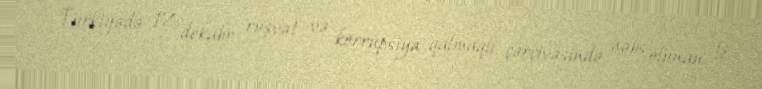
Türkiyədə 17 dekabr rüşvət və korrupsiya qalmaqlı çərçivəsində həbs olunan iş